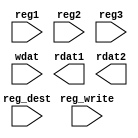
module RegisterFile(reg1, reg2, reg3, wdat, rdat1, rdat2, reg_dest, reg_write);

//INPUT SIGNALS
input [5:0] reg1; //Read Register 1
input [5:0] reg2; //Read Register 2
input [5:0] reg3; //Read Register 3
input [31:0] wdat; //Write Data
input reg_dest; //Register Destination Signal
input reg_write; //Register Write Signal

//OUTPUT SIGNALS
output [31:0] rdat1; //Read Data 1
output [31:0] rdat2; //Read Data 2

//INTERNAL SIGNALS
reg [5:0] wreg; //Write Register

//REGISTERS DECLARATION
reg [31:0] rf [31:0]; //A set of 32 registers. As of now, $s0 - $s7 and $t0 - $t7 are supported, check note below for opcode table

//REGISTER INITIALIZATION
generate
genvar i;
for (i=8;i<=23;i=i+1)
    begin
        initial rf[i] <= 32'b00000000000000000000000000000000;
    end
endgenerate

//Extra Registers
reg [31:0] data1 = 32'b00000000000000000000000000000000;
reg [31:0] data2 = 32'b00000000000000000000000000000000;

//Implementation of a MUX for  wreg
always @(*)
    if(reg_dest == 0)
        wreg <= reg2;
    else
        wreg <= reg3;

always @(*)
begin
    data1 <= rf[reg1];
    data2 <= rf[wreg];
    if(reg_write==1)  //Writing to Registers
    begin
        //Delay to be introduced by control unit
        rf[wreg] = wdat;
    end
end

endmodule


//REGISTER CODE TABLE
// $s0 to $s7 map --> registers 16 to 23
// $t0 to $t7 map --> registers 8 to 15